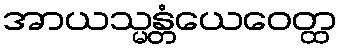
အာယသ္မန္တံယေဝေတ္ထ